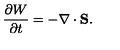
\frac { \partial W } { \partial t } = - \nabla \cdot { \bf S } .